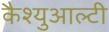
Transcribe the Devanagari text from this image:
कैश्युआल्टी